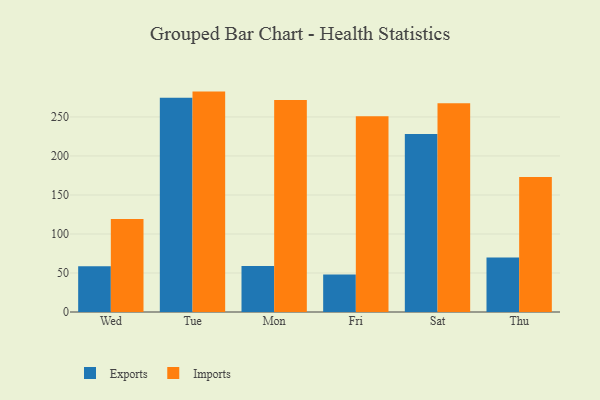
{"axis": {"x": "Day", "y": "Operating Costs (USD K)"}, "legend": ["Exports", "Imports"], "data": [{"x": "Wed", "y": 58.7, "type": "Exports"}, {"x": "Wed", "y": 119.3, "type": "Imports"}, {"x": "Tue", "y": 274.6, "type": "Exports"}, {"x": "Tue", "y": 282.5, "type": "Imports"}, {"x": "Mon", "y": 58.9, "type": "Exports"}, {"x": "Mon", "y": 271.8, "type": "Imports"}, {"x": "Fri", "y": 48.0, "type": "Exports"}, {"x": "Fri", "y": 250.8, "type": "Imports"}, {"x": "Sat", "y": 228.3, "type": "Exports"}, {"x": "Sat", "y": 267.7, "type": "Imports"}, {"x": "Thu", "y": 70.0, "type": "Exports"}, {"x": "Thu", "y": 173.0, "type": "Imports"}]}